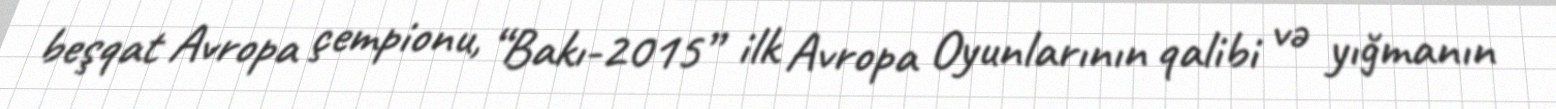
beşqat Avropa çempionu, “Bakı-2015” ilk Avropa Oyunlarının qalibi və yığmanın